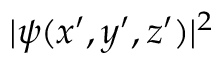
| \psi ( x ^ { \prime } , y ^ { \prime } , z ^ { \prime } ) | ^ { 2 }